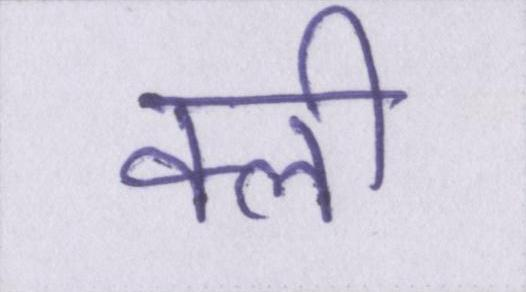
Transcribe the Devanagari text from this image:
क्ली